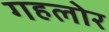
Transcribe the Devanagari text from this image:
गहलोर